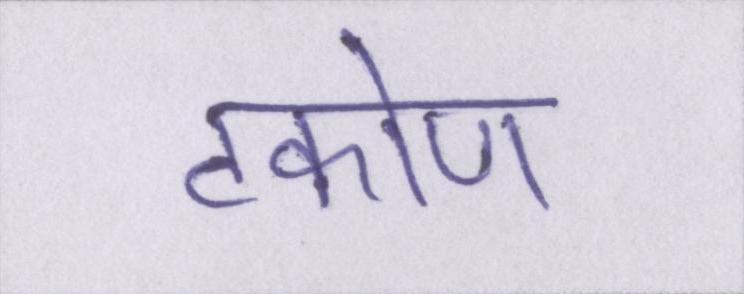
टकोण